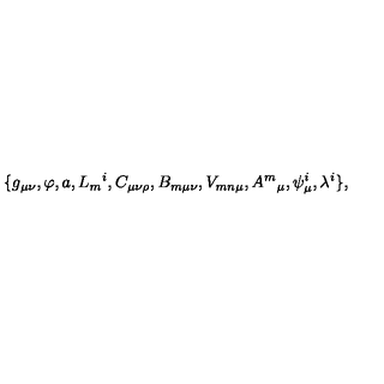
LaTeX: \{ g _ { \mu \nu } , \varphi , a , L _ { m } { } ^ { i } , C _ { \mu \nu \rho } , B _ { m \mu \nu } , V _ { m n \mu } , A ^ { m } { } _ { \mu } , \psi _ { \mu } ^ { i } , \lambda ^ { i } \} ,